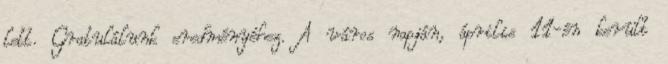
lett. Gratulálunk eredményéhez. A város napján, április 11-én került